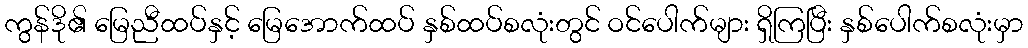
ကွန်ဒို၏ မြေညီထပ်နှင့် မြေအောက်ထပ် နှစ်ထပ်စလုံးတွင် ဝင်ပေါက်များ ရှိကြပြီး နှစ်ပေါက်စလုံးမှာ